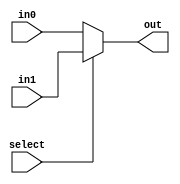
////////////////////////////////////////////////////////////////////////////////////////////////////
//
// Module:      mux2to1
// Version:     1
// Description: This is a 2-to-1 multiplexer. In the implementation, the multiplexer chooses
//              between the buttonpress output and the clock divider as the register enable.
//
// *****************************************
// YOU MUST NOT MODIFY ANY PART OF THIS FILE
// *****************************************
//
////////////////////////////////////////////////////////////////////////////////////////////////////

module mux2to1(select, in0, in1, out);
	input  select, in0, in1;
	output out;
	
	assign out = (select == 1'b0) ? in0 :
                (select == 1'b1) ? in1 : 1'bx;
	
endmodule